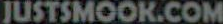
JUSTSMOOK.COM